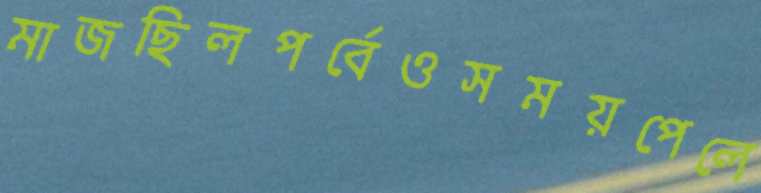
মাজছিলপর্বেওসময়পেলে